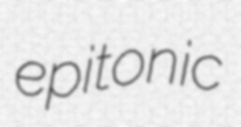
epitonic